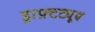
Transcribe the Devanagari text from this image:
ड्राफ़्टट्यूब